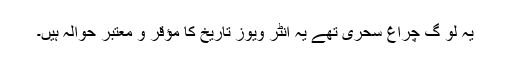
یہ لو گ چراغ سحری تھے یہ انٹر ویوز تاریخ کا مؤقر و معتبر حوالہ ہیں۔